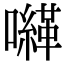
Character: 𡃈